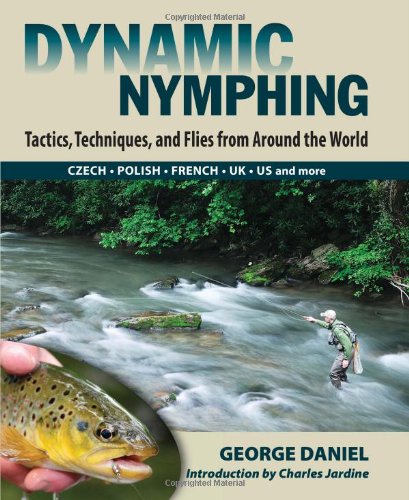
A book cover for Dynamic Nymphing: Tactics, Techniques, and Flies from Around the World; George Daniel; Sports & Outdoors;